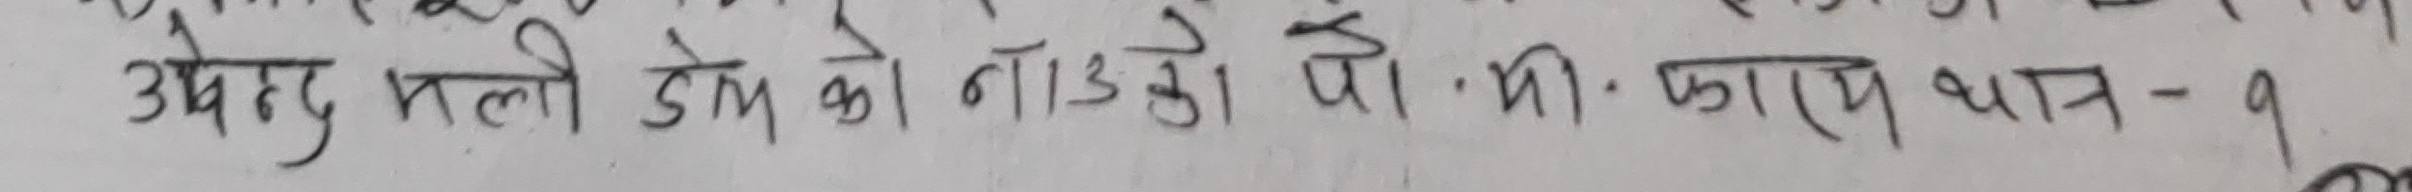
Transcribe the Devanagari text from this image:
उपत्य मली डेम को ना३के पा.भी. कायं पात-१